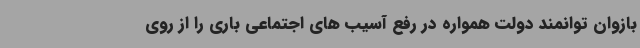
بازوان توانمند دولت همواره در رفع آسیب های اجتماعی باری را از روی